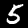
Label: 5